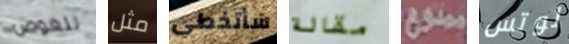
للغوص مثل سأتخطى مقالة ممنوع لوتس